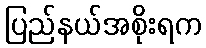
ပြည်နယ်အစိုးရက